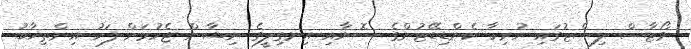
ވޯޓާސް ލިސްޓުގައި ހުރިހާ ކެންޑިޑޭޓުންގެ ސޮޔާއި އިނގިލީގެ ނިޝާން ޖެހުމަށް ފަހު އިންތިޚާބު